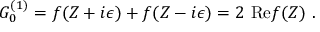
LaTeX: G _ { 0 } ^ { ( 1 ) } = f ( Z + i \epsilon ) + f ( Z - i \epsilon ) = 2 ~ \mathrm { R e } f ( Z ) ~ .